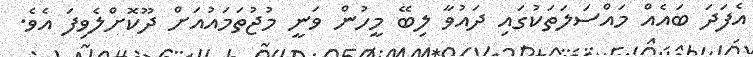
އެފަދަ ބައެއް މައްސަލަތަކުގައި ދައުވާ ލިބޭ މީހުން ވަނީ މުޖުތަމައުއަށް ދޫކޮށްލެވިފަ އެވެ.